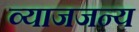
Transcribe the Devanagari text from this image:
व्याजजन्य